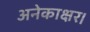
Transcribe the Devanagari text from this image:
अनेकाक्षर।